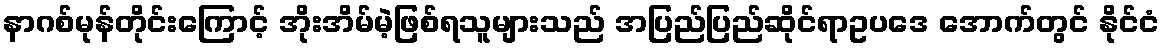
နာဂစ်မုန်တိုင်းကြောင့် အိုးအိမ်မဲ့ဖြစ်ရသူများသည် အပြည်ပြည်ဆိုင်ရာဥပဒေ အောက်တွင် နိုင်ငံ